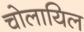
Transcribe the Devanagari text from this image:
चोलायिल